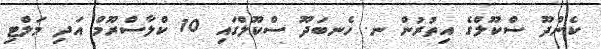
ކެންދޫ ސްކޫލްގެ އިތުރުން ނ. ހެނބަދޫ ސްކޫލްގައި 10 ކްލާސްރޫމް އަދި މަލްޓި